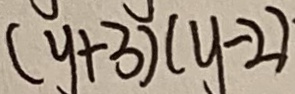
( y + 3 ) ( y - 2 )